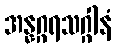
အန္နဂ္ဂရသဂ္ဂါနံ